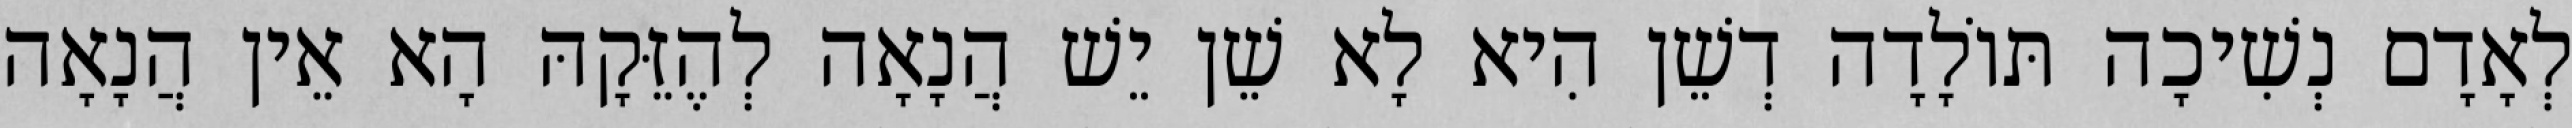
לְאָדָם נְשִׁיכָה תּוֹלָדָה דְשֵׁן הִיא לָא שֵׁן יֵשׁ הֲנָאָה לְהֶזֵּקָהּ הָא אֵין הֲנָאָה